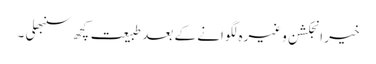
خیر انجکشن وغیرہ لگوانے کے بعد طبیعت کچھ سنبھلی ۔